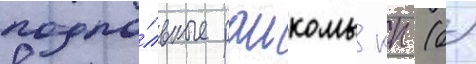
подпо́льные раикомы кп (б)